Indian Medical Review
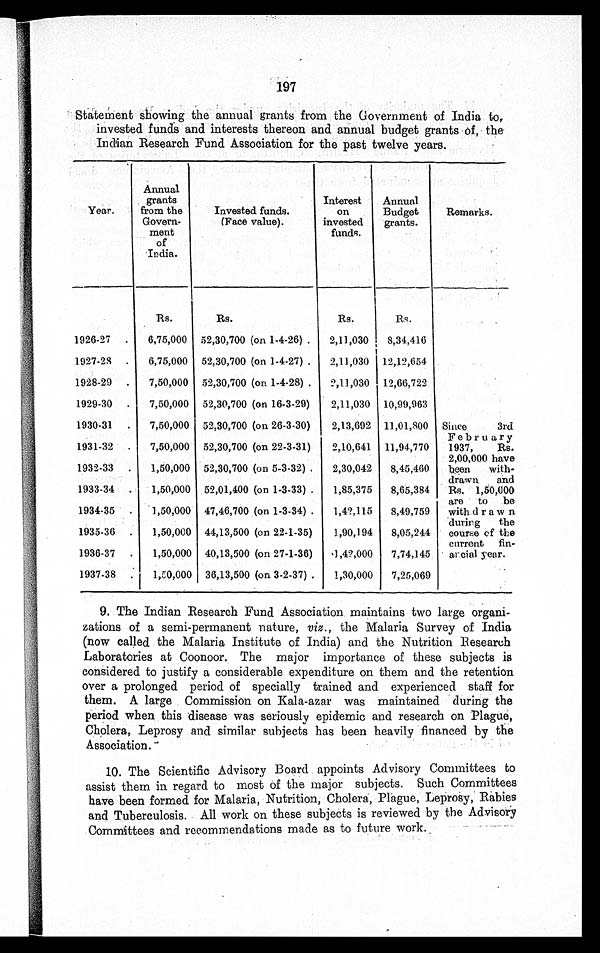
197
Statement showing the annual grants from the Government of India to,
invested funds and interests thereon and annual budget grants of, the
Indian Research Fund Association for the past twelve years.
Year.
Annual
grants
from the
Govern-
ment
of
India.
Invested funds.
(Face value).
Interest
on
invested
funds.
Annual
Budget
grants.
Remarks.
Rs.
Rs.
Rs.
Rs.
Since
3rd
February
1937,
Rs.
2,00,000 have
been with -
drawn and
Rs. 1,50,000
are to be
with draw n
during the
course of the
current fin -
ancial year.
1926-27 . . . 6,75,000 52,30,700 (on 1-4-26) . . .
2,11,030 8,34,416
1927-28 . . . 6,75,000 52,30,700 (on 1-4-27) . . .
2,11,030 12,12,654
1928-29 . . . 7,50,000 52,30,700 (on. 1-4-28) . . .
2,11,030 12,66,722
1929-30 . . . 7,50,000 52,30,700 (on 16-3-29)
2,11,030 10,99,963
1930-31 . . . 7,50,000 52,30,700 (on 26-3-30) 2,13,692 11,01,800
1931-32 . . . 7,50,000 52,30,700 (on 22-3-31) 2,10,641 11,94,770
1932-33 . . . 1,50,000 52,30,700 (on 5-3-32) . . .
2,30,042 8,45,460
1933- 34 . . .
1,50,000 52,01,400(on1-3-33) . . . 1,85,375 8,65,384
1934-35 . . . 1,50,000 47,46,700 (on 1-3-34) . . . 1,42,115 8,49,759
1935-36 . . . 1,50,000 44,13,500 (on 22-1-35) 1,90,194 8,05,244
1936-37 . . . 1,50,000 40,13,500 (on 27-1-36) 1,42,000 7,74,145
1937-38 . . . 1,50,000 36,13,500 (on 3-2-37) . . . 1,30,000 7,25,069
9. The Indian Research Fund Association maintains two large organi
- z a t i o n s o f a s e m i - p e r m a n e n t n a t u r e ,v
i z . ,
t h e M a l a r i a S u r v e y o f I n d i a
(now called the Malaria Institute of India) and the Nutrition Research
Laboratories at Coonoor. The major importance of these subjects is
considered to justify a considerable expenditure on them and the retention
over a prolonged period of specially trained and experienced staff for
them. A large Commission on Kala-azar was maintained during the
period when this disease was seriously epidemic and research on Plague,
Cholera, Leprosy and similar subjects has been heavily financed by the
Association.
10. The Scientific Advisory Board appoints Advisory Committees to
assist them in regard to most of the major subjects. Such Committees
have been formed for Malaria, Nutrition, Cholera, Plague, Leprosy, Rabies
and Tuberculosis. All work on these subjects is reviewed by the Advisory
Committees and recommendations made as to future work.